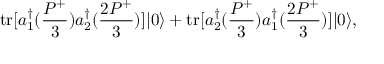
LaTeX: \mathrm { t r } [ a _ { 1 } ^ { \dagger } ( \frac { P ^ { + } } { 3 } ) a _ { 2 } ^ { \dagger } ( \frac { 2 P ^ { + } } { 3 } ) ] | 0 \rangle + \mathrm { t r } [ a _ { 2 } ^ { \dagger } ( \frac { P ^ { + } } { 3 } ) a _ { 1 } ^ { \dagger } ( \frac { 2 P ^ { + } } { 3 } ) ] | 0 \rangle ,